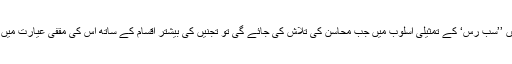
نثر میں ’’سب رس‘ کے تمثیلی اسلوب میں جب محاسن کی تلاش کی جائے گی تو تجنیں کی بیشتر اقسام کے ساتھ اس کی مقفیٰ عیارت میں قافیہ ۔